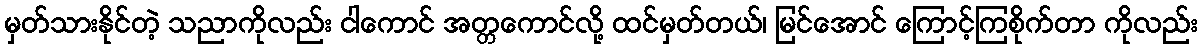
မှတ်သားနိုင်တဲ့ သညာကိုလည်း ငါကောင် အတ္တကောင်လို့ ထင်မှတ်တယ်၊ မြင်အောင် ကြောင့်ကြစိုက်တာ ကိုလည်း